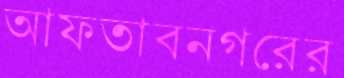
আফতাবনগরের